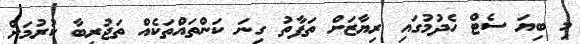
މި ބިޔަ ސެޓް ހެދުމުގައި ރިޔާޒަށް ތަފާތު ގިނަ ކަންތައްތަކެއް ތަޖުރިބާ ކުރުމަށް